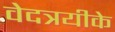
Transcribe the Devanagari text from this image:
वेदत्रयीके